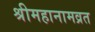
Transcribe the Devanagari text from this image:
श्रीमहानामव्रत